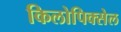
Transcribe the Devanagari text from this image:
किलोपिक्सेल